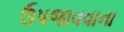
ઉપજાવવાના